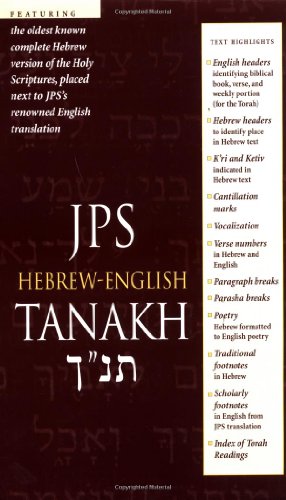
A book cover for JPS Hebrew-English Tanakh; Christian Books & Bibles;